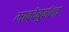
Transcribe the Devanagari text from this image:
माक्देबुर्गला